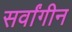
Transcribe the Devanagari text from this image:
सर्वांगीन